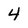
Character: 4